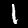
Digit: 1